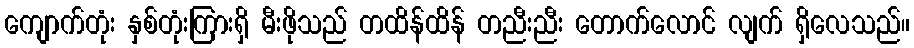
ကျောက်တုံး နှစ်တုံးကြားရှိ မီးဖိုသည် တထိန်ထိန် တညီးညီး တောက်လောင် လျက် ရှိလေသည်။